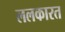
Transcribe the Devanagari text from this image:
ललकारत